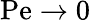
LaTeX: \textrm{Pe}\rightarrow 0